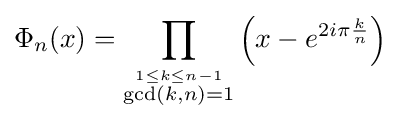
\Phi _{n}(x)=\prod _{\stackrel {1\leq k\leq n-1}{\gcd(k,n)=1}}\left(x-e^{2i\pi {\frac {k}{n}}}\right)